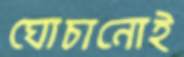
ঘোচানোই